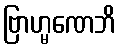
ဗြာဟ္မဏေဘိ